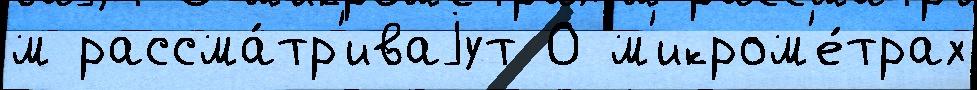
м рассма́тр'иваjут 0 м'икром'е́трах